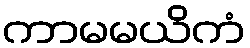
ကာမမယိကံ